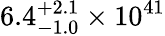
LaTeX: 6.4_{-1.0}^{+2.1}\times 10^{41}